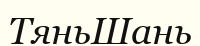
ТяньШань